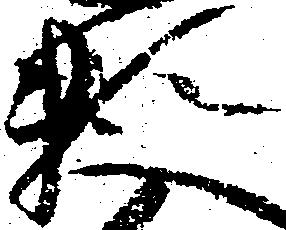
頼